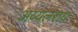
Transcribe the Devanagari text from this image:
अय्यलराय